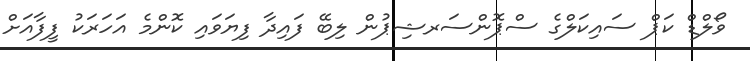
ވޯލްޑް ކަޕް ސައިކަލްގެ ސްޕޮންސަރޝިޕުން ލިބޭ ފައިދާ ފިޔަވައި ކޮންމެ އަހަރަކު ފީފާއަށް